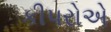
કીપરોએ